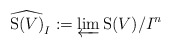
\begin{align*}\widehat{\mathrm{S}(V)}_I := \varprojlim \mathrm{S}(V)/I^n\end{align*}